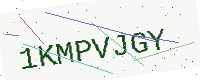
Text: 1KMPVJGY